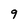
Character: 9